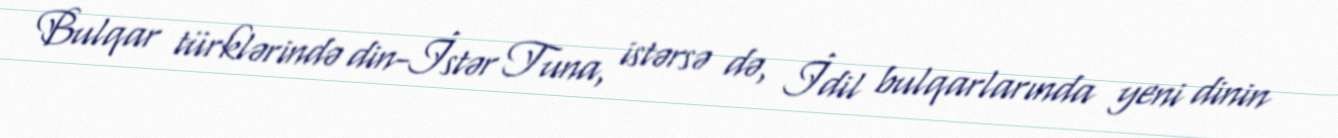
Bulqar türklərində din-İstər Tuna, istərsə də, İdil bulqarlarında yeni dinin